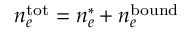
n _ { e } ^ { \mathrm { t o t } } = n _ { e } ^ { * } + n _ { e } ^ { \mathrm { b o u n d } }